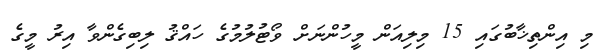
މި އިންތިޚާބުގައި 15 މިލިއަން މީހުންނަށް ވޯޓުލުމުގެ ހައްޤު ލިބިގެންވާ އިރު މީގެ